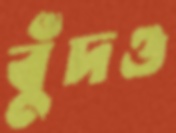
বুঁদও